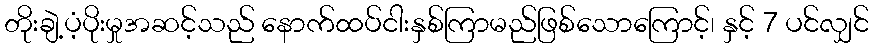
တိုးချဲ့ပံ့ပိုးမှုအဆင့်သည် နောက်ထပ်ငါးနှစ်ကြာမည်ဖြစ်သောကြောင့်၊ နှင့် 7 ပင်လျှင်